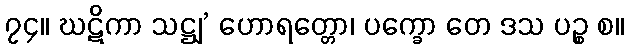
၇၄။ ဃဋိကာ သဋ္ဌျ’ ဟောရတ္တော၊ ပက္ခော တေ ဒသ ပဉ္စ စ။